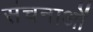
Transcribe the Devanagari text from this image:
संचनाओं